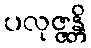
ပလုဇ္ဇန္တိ